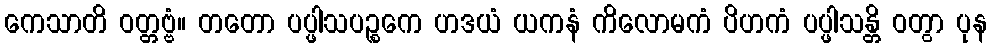
ကေသာတိ ဝတ္တဗ္ဗံ။ တတော ပပ္ဖါသပဉ္စကေ ဟဒယံ ယကနံ ကိလောမကံ ပိဟကံ ပပ္ဖါသန္တိ ဝတွာ ပုန